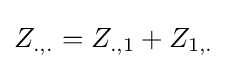
Z_{.,.}=Z_{.,1}+Z_{1,.}